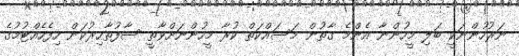
ނަރުހުންނަކީ ބަލި މީހުންނާ އެންމެ ގާތުން މަސައްކަތް ކުރާ މީހުންނަށްވާތީ ސާފުތާހިރުކަން ހިފެހެއްޓުމުގެ